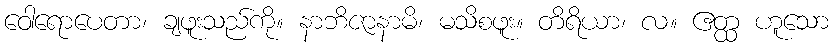
ဝေါရောပေတာ၊ ချဖူးသည်ကို။ နာဘိဇာနာမိ၊ မသိစဖူး။ တိရိယာ၊ လ။ ဧတ္ထ ဟူသော